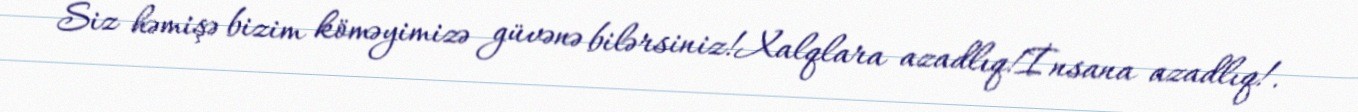
Siz həmişə bizim köməyimizə güvənə bilərsiniz!Xalqlara azadlıq!İnsana azadlıq!.